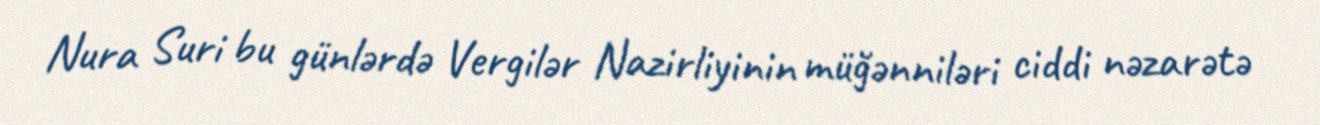
Nura Suri bu günlərdə Vergilər Nazirliyinin müğənniləri ciddi nəzarətə